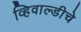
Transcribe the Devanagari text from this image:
व्हिवाल्डीचे